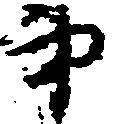
弟